Annual statistical returns and brief notes on vaccination in Bengal - 1896-1909
Year: 1896
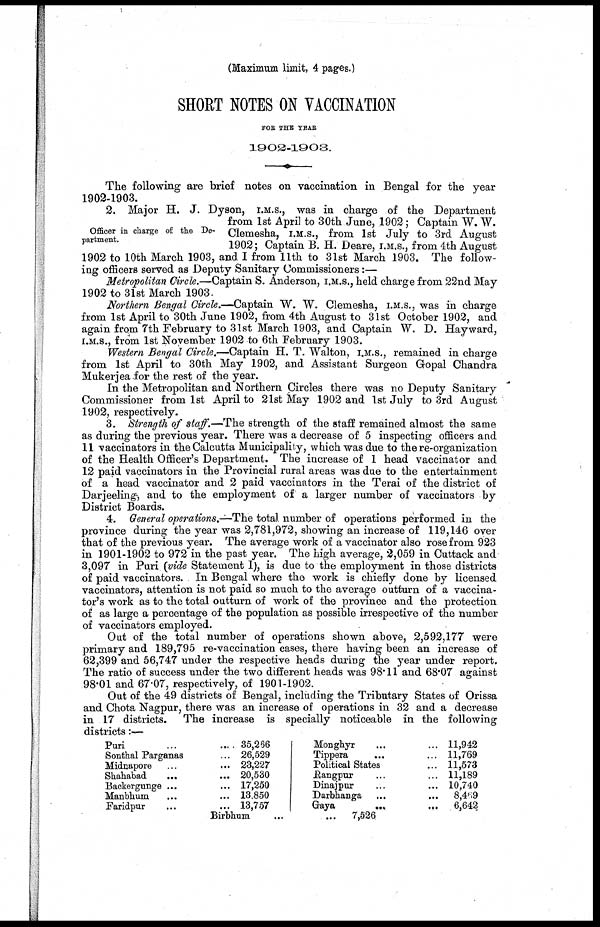
(Maximum limit, 4 pages.)
SHORT NOTES ON VACCINATION
FOR THE YEAR
1902-1903.
The following are brief notes on vaccination in Bengal for the year
1902-1903.
Officer in charge of the De-
partment.
2. Major H. J. Dyson, I.M.S., was in charge of the Department
from 1st April to 30th June, 1902; Captain W. W.
Clemesha, I.M.S., from 1st July to 3rd August
1902; Captain B. H. Deare, I.M.S., from 4th August
1902 to 10th March 1903, and I from 11th to 31st March 1903. The follow-
ing officers served as Deputy Sanitary Commissioners:—
Metropolitan Circle.—Captain S. Anderson, I.M.S., held charge from 22nd May
1902 to 31st March 1903.
Northern Bengal Circle.—Captain W. W. Clemesha, I.M.S., was in charge
from 1st April to 30th June 1902, from 4th August to 31st October 1902, and
again from 7th February to 31st March 1903, and Captain W. D. Hayward,
I.M.S., from 1st November 1902 to 6th February 1903.
Western Bengal Circle.—Captain H. T. Walton, I.M.S., remained in charge
from 1st April to 30th May 1902, and Assistant Surgeon Gopal Chandra
Mukerjea for the rest of the year.
In the Metropolitan and Northern Circles there was no Deputy Sanitary
Commissioner from 1st April to 21st May 1902 and 1st July to 3rd August
1902, respectively.
3. Strength of staff.—The strength of the staff remained almost the same
as during the previous year. There was a decrease of 5 inspecting officers and
11 vaccinators in the Calcutta Municipality, which was due to there-organization
of the Health Officer's Department. The increase of 1 head vaccinator and
12 paid vaccinators in the Provincial rural areas was due to the entertainment
of a head vaccinator and 2 paid vaccinators in the Terai of the district of
Darjeeling, and to the employment of a larger number of vaccinators by
District Boards.
4. General operations.—The total number of operations performed in the
province during the year was 2,781,972, showing an increase of 119,146 over
that of the previous year. The average work of a vaccinator also rose from 923
in 1901-1902 to 972 in the past year. The high average, 2,059 in Cuttack and
3,097 in Puri (vide Statement I), is due to the employment in those districts
of paid vaccinators. In Bengal where the work is chiefly done by licensed
vaccinators, attention is not paid so much to the average outturn of a vaccina-
tor's work as to the total outturn of work of the province and the protection
of as large a percentage of the population as possible irrespective of the number
of vaccinators employed.
Out of the total number of operations shown above, 2,592,177 were
primary and 189,795 re-vaccination cases, there having been an increase of
62,399 and 56,747 under the respective heads during the year under report.
The ratio of success under the two different heads was 98.11 and 68.07 against
98.01 and 67.07, respectively, of 1901-1902.
Out of the 49 districts of Bengal, including the Tributary States of Orissa
and Chota Nagpur, there was an increase of operations in 32 and a decrease
in 17 districts. The increase is specially noticeable in the following
districts:—
Puri...
...
Sonthal Parganas... ...
Midnapore...
...
Shahabad...
...
Backergunge... ...
Manbhum... ...
Faridpur... ...
35,266
26,529
23,227
20,530
17,250
13,850
13,757
Birbhum... ...
Monghyr... ...
Tippera... ...
Political States... ...
Bangpur... ...
Dinajpur... ...
Darbhanga... ...
Gaya...
...
11,942
11,769
11,573
11,189
10,740
8,469
6,642
7,526